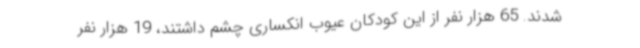
شدند. 65 هزار نفر از این کودکان عیوب انکساری چشم داشتند، 19 هزار نفر